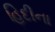
હિદીના